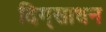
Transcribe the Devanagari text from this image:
दिग्‌साधन